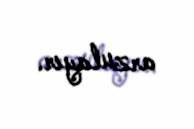
arzulayır.